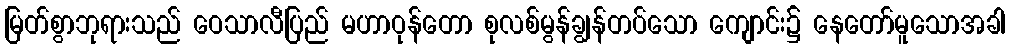
မြတ်စွာဘုရားသည် ဝေသာလီပြည် မဟာဝုန်တော စုလစ်မွန်ချွန်တပ်သော ကျောင်း၌ နေတော်မူသောအခါ